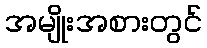
အမျိုးအစားတွင်